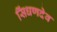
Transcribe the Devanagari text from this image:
सिंधणदेव